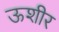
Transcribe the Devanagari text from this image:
ऊशीर